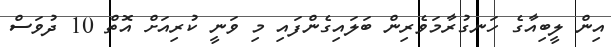
އިން ލީބިއާގެ ހަނގުރާމަވެރިން ބަލައިގެންފައި މި ވަނީ ކުރިއަށް އޮތް 10 ދުވަސް